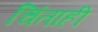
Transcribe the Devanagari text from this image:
चिंताही